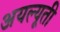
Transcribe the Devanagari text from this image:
अयल्यूती